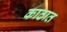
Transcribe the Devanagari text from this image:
काठात